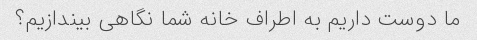
ما دوست داریم به اطراف خانه شما نگاهی بیندازیم؟